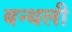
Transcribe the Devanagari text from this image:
बन्थली